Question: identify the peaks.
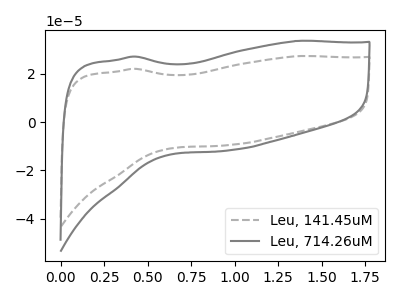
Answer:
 <answer>The gray dashed curve "Leu, 141.45uM" has no peaks. The gray curve "Leu, 714.26uM" has no peaks.</answer>
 <eval></eval>